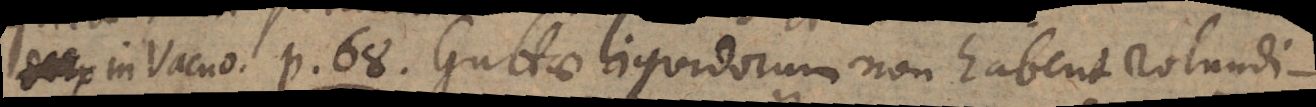
In Vacuo p. 68. Guttae liquidorum non habent rotundi-